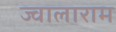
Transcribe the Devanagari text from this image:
ज्वालाराम